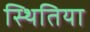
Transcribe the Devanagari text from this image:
स्थितिया